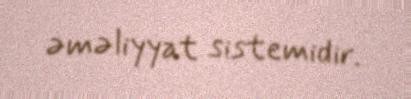
əməliyyat sistemidir.